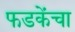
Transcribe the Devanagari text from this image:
फडकेंचा